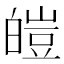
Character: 皚